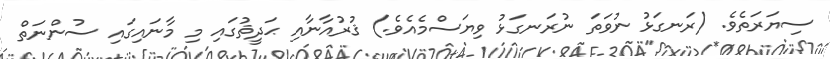
ސިޔަރަތެވެ. (ރަނގަޅު ނުވަތަ ނުރަނގަޅު ވިޔަސްމެއެވެ.) ޤުރުއާނާއި ޙަދީޘުގައި މި މާނައިގައި ސުންނަތް